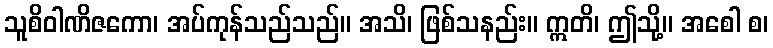
သူစိဝါဏိဇကော၊ အပ်ကုန်သည်သည်။ အသိ၊ ဖြစ်သနည်း။ ဣတိ၊ ဤသို့။ အစေါ စ၊